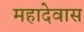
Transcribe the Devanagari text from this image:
महादेवास